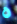
ه